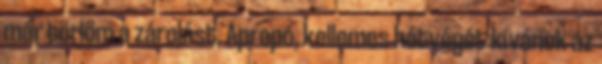
már törlöm a zárolást. Apropó, kellemes hétvégét kívánok az